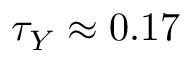
\tau _ { Y } \approx 0 . 1 7